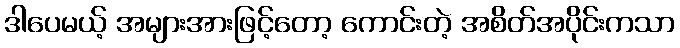
ဒါပေမယ့် အများအားဖြင့်တော့ ကောင်းတဲ့ အစိတ်အပိုင်းကသာ